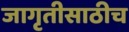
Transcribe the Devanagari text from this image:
जागृतीसाठीच